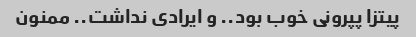
پیتزا پپرونی خوب بود.. و ایرادی نداشت.. ممنون